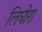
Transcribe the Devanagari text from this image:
लिघोरा